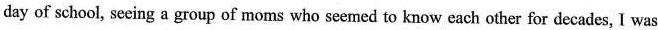
day of school, seeing a group of moms who semed to know each other for decades, I was